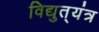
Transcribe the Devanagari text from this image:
विद्युत्‌यंत्र